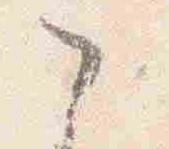
之